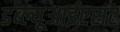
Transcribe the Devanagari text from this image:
डब्ल्यूआईएसए